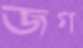
জগ